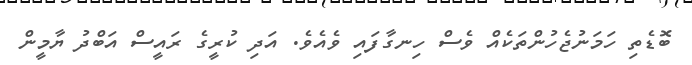
ބޮޑެތި ހަމަނުޖެހުންތަކެއް ވެސް ހިނގާފައި ވެއެވެ. އަދި ކުރީގެ ރައީސް އަބްދު ޔާމީން